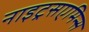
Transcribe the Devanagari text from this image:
नाइट्रसएमिन्स